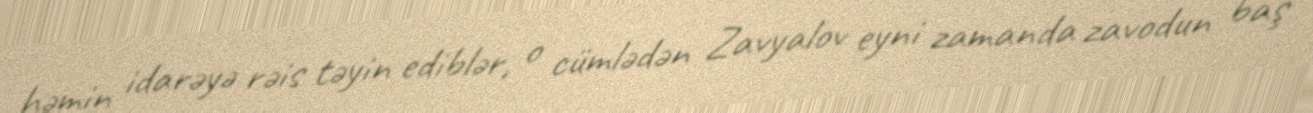
həmin idarəyə rəis təyin ediblər, o cümlədən Zavyalov eyni zamanda zavodun baş